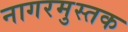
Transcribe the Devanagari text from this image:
नागरमुस्तक